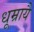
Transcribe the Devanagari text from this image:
धूम्रायै